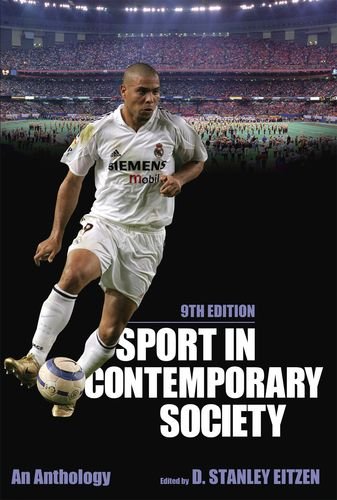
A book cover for Sport in Contemporary Society, 9th Edition; D. Stanley Eitzen; Sports & Outdoors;